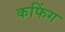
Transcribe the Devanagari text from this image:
कफिंग